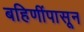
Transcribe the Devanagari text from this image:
बहिणींपासून